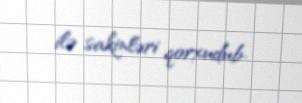
ilə sakinləri qorxudub.